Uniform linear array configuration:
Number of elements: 16
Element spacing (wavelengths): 0.5
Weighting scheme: binomial
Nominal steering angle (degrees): -60
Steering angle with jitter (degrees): -58.131
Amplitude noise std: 0.05
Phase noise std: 0.05

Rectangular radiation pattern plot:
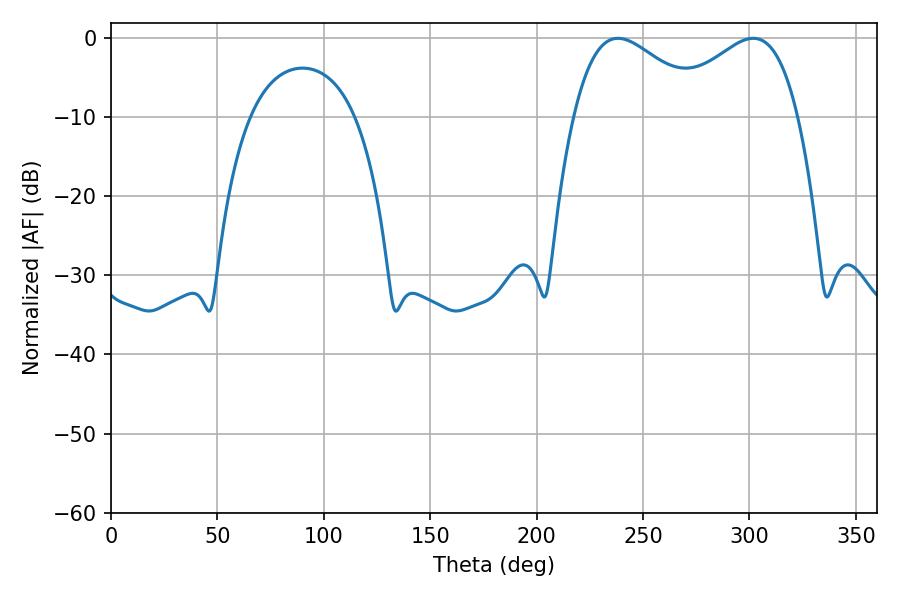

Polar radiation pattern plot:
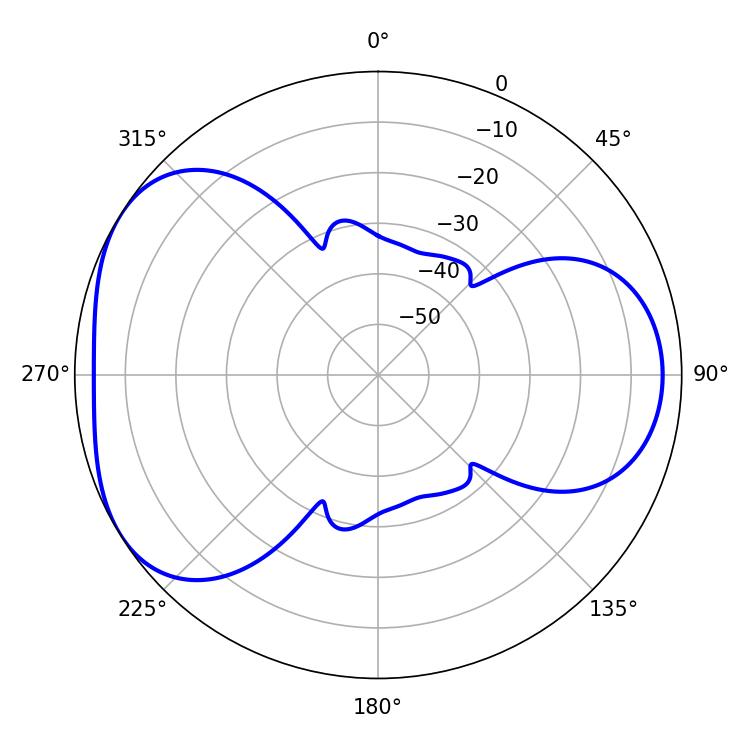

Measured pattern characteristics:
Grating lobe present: FALSE
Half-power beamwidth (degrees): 34.02
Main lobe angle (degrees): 238.14